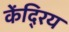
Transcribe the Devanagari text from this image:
केंदि्रय